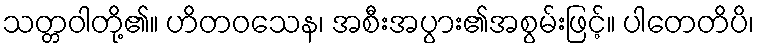
သတ္တဝါတို့၏။ ဟိတဝသေန၊ အစီးအပွား၏အစွမ်းဖြင့်။ ပါတေတိပိ၊